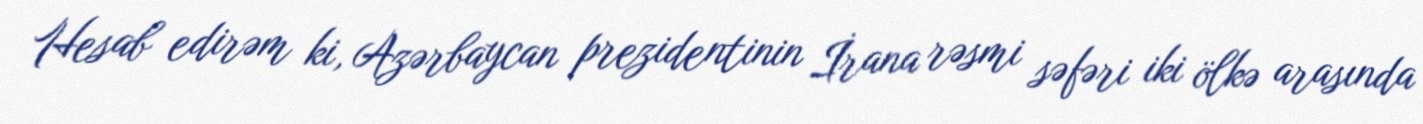
Hesab edirəm ki, Azərbaycan prezidentinin İrana rəsmi səfəri iki ölkə arasında